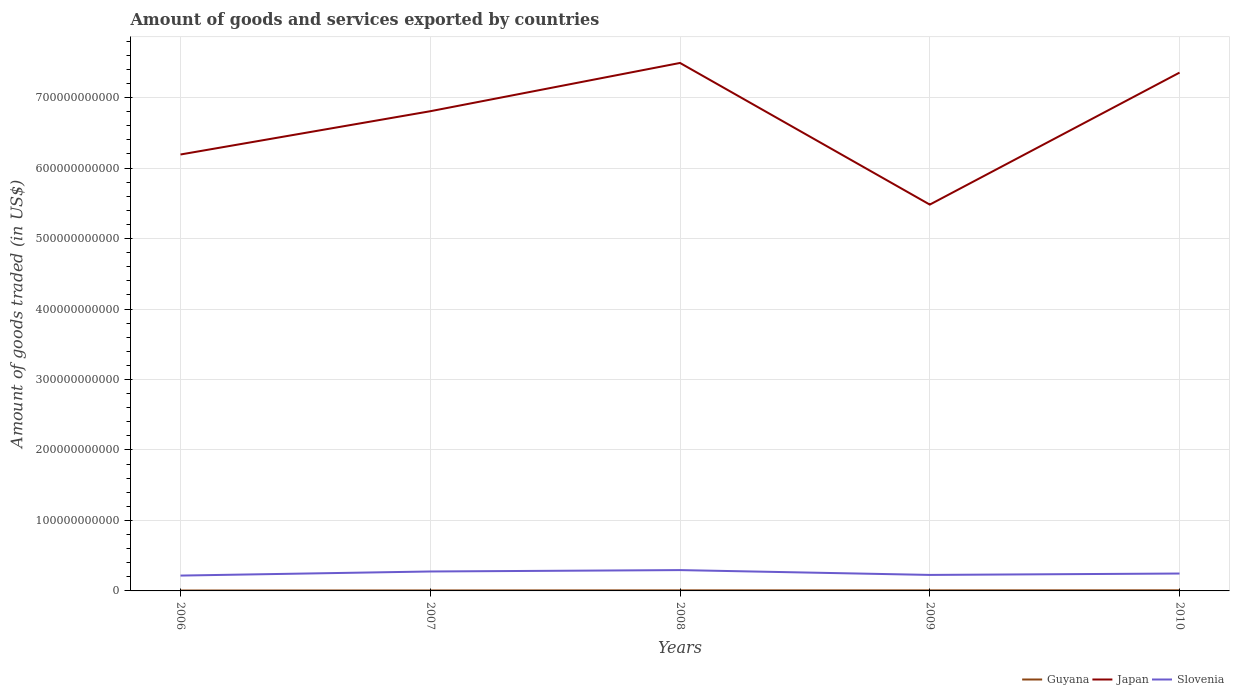
| Years | Guyana | Japan | Slovenia |
 | --- | --- | --- | --- |
 | 2006 | 5.8e+08 | 6.19e+11 | 2.18e+10 |
 | 2007 | 6.75e+08 | 6.81e+11 | 2.76e+10 |
 | 2008 | 8.02e+08 | 7.49e+11 | 2.96e+10 |
 | 2009 | 7.68e+08 | 5.48e+11 | 2.27e+10 |
 | 2010 | 8.71e+08 | 7.35e+11 | 2.47e+10 |